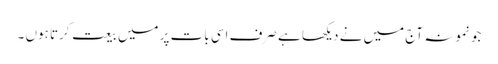
جو نمونہ آج میں نے دیکھا ہے صرف اسی بات پر میں بیعت کرتا ہوں ۔